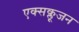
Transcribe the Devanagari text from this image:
एक्सक्लूजन